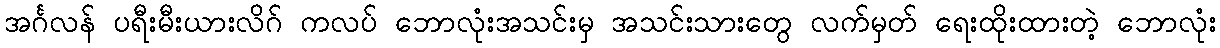
အင်္ဂလန် ပရီးမီးယားလိဂ် ကလပ် ဘောလုံးအသင်းမှ အသင်းသားတွေ လက်မှတ် ရေးထိုးထားတဲ့ ဘောလုံး